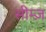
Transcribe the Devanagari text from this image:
सीम्ज़